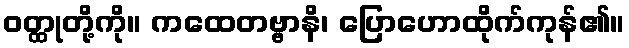
ဝတ္ထုတို့ကို။ ကထေတဗ္ဗာနိ၊ ပြောဟောထိုက်ကုန်၏။